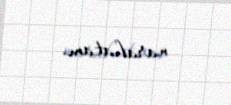
narahatam.